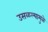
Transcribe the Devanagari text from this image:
उसळल्यामुळे